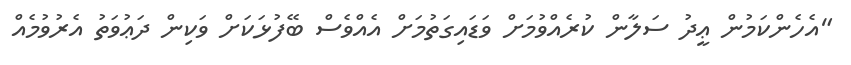
"އެހެންކަމުން ޢީދު ސަލާން ކުރެއްވުމަށް ވަޑައިގަތުމަށް އެއްވެސް ބޭފުޅަކަށް ވަކިން ދަޢުވަތު އެރުވުމެއް